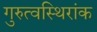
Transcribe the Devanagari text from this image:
गुरुत्वस्थिरांक